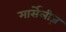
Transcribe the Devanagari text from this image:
मार्सेलीज़